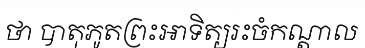
ថា បាតុភូតព្រះអាទិត្យរះចំកណ្តាល